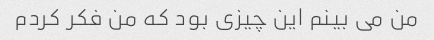
من می بینم این چیزی بود که من فکر کردم